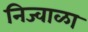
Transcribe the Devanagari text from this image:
निज्वाळा